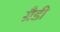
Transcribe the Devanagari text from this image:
ग्रैडी